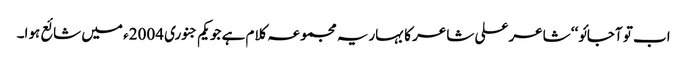
اب تو آجائو‘‘ شاعر علی شاعر کا بہاریہ مجموعہ کلام ہے جو یکم جنوری 2004ء میں شائع ہوا۔